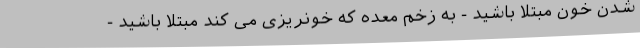
شدن خون مبتلا باشید - به زخم معده که خونریزی می کند مبتلا باشید -